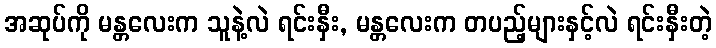
အဆုပ်ကို မန္တလေးက သူနဲ့လဲ ရင်းနှီး, မန္တလေးက တပည့်များနှင့်လဲ ရင်းနှီးတဲ့